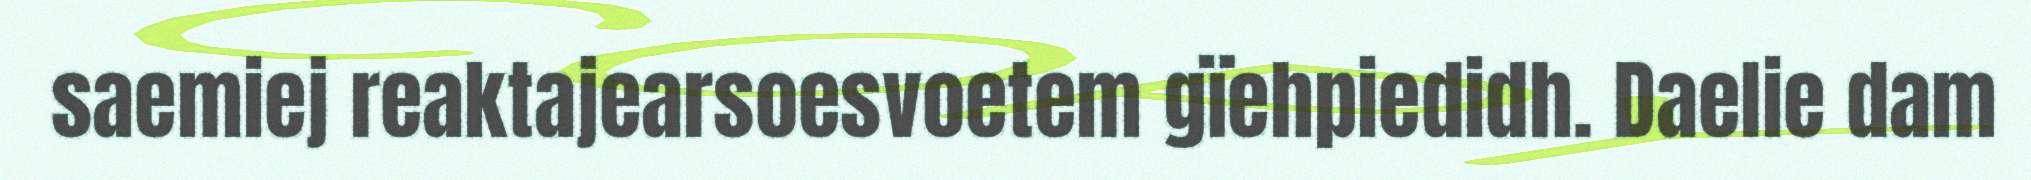
saemiej reaktajearsoesvoetem gïehpiedidh. Daelie dam